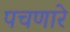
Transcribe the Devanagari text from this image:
पचणारे